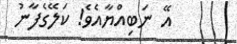
އޭ ނަބިއްޔާއެވެ! ކަލޭގެފާނު